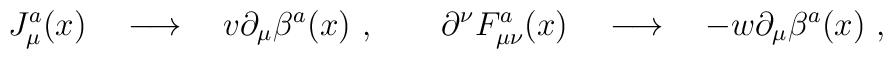
J_\mu ^a(x) \quad \longrightarrow\quad  v \partial _\mu \beta ^a(x) \ ,\qquad \partial ^\nu F_{\mu \nu }^a(x) \quad \longrightarrow\quad -w \partial_\mu \beta ^a(x) \ ,